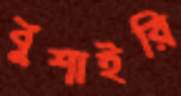
বুশাইরি